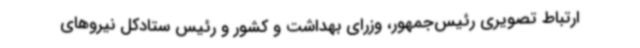
ارتباط تصویری رئیس‌جمهور، وزرای بهداشت و کشور و رئیس ستادکل نیروهای